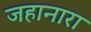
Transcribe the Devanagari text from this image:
जहानारा